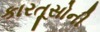
કારતૂસોની